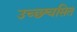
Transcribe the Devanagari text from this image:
उच्छ्श्वसित